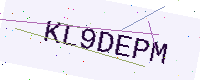
Text: KL9DEPM